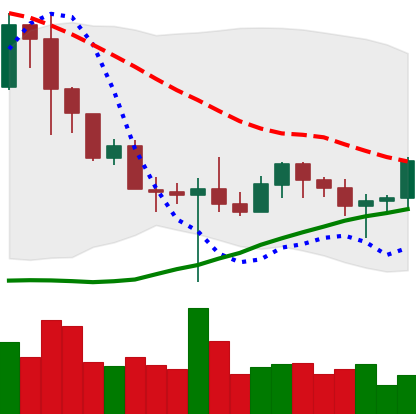
Ticker: BNB-USD
Chart end date: 2022-10-23
Forward return: 7.973%
Label: up_7plus